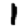
Digit: 1